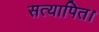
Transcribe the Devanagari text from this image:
सत्यापित।